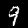
Label: 9